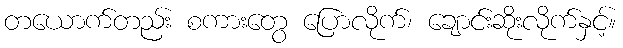
တယောက်တည်း စကားတွေ ပြောလိုက်၊ ချောင်းဆိုးလိုက်နှင့်။